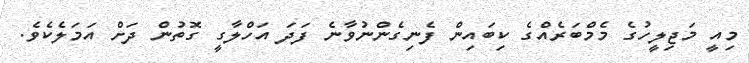
މިއީ މަޖިލީހުގެ މެމްބަރެއްގެ ކިބައިން ފެނިގެންނުވާނެ ފަދަ އަހްލާގީ ގޮތުން ދަށް އަމަލެކެވެ.